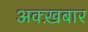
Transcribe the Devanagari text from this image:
अक्ख़बार